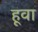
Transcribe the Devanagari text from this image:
हूवा